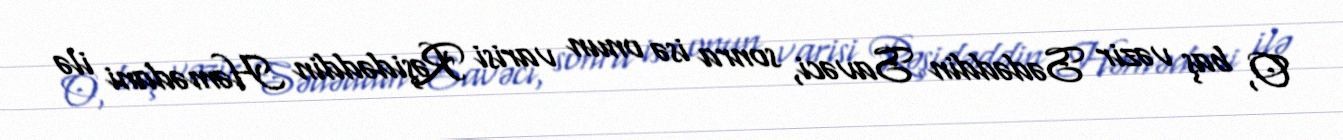
O, baş vəzir Sədəddin Savəci, sonra isə onun varisi Rəşidəddin Həmədani ilə